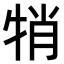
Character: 𤙜